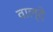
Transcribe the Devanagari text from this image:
वाल्दे